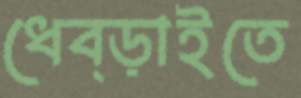
ধেব্‌ড়াইতে